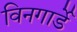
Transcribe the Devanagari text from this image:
विनगार्डे